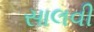
સાલવી